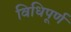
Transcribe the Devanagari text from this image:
विधिपूर्ण